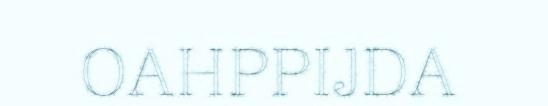
OAHPPIJDA